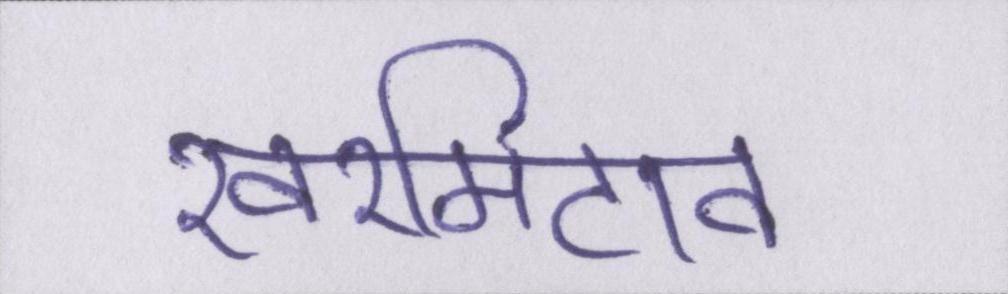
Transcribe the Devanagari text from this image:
खरमिटाव